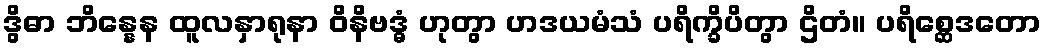
ဒွိဓာ ဘိန္နေန ထူလနှာရုနာ ဝိနိဗဒ္ဓံ ဟုတွာ ဟဒယမံသံ ပရိက္ခိပိတွာ ဌိတံ။ ပရိစ္ဆေဒတော